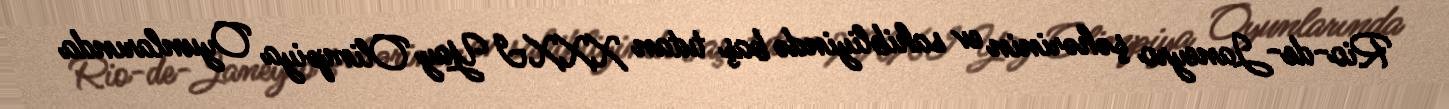
Rio-de-Janeyro şəhərinin ev sahibliyində baş tutan XXXI Yay Olimpiya Oyunlarında